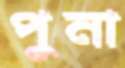
পুনা